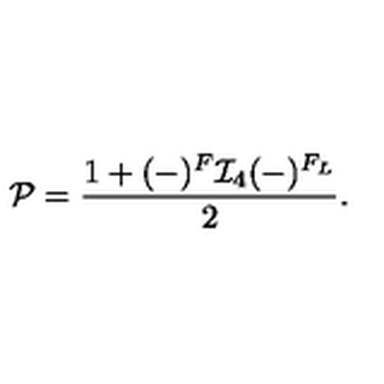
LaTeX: { \cal P } = \frac { 1 + ( - ) ^ { F } { \cal I } _ { 4 } ( - ) ^ { F _ { L } } } { 2 } .